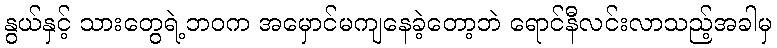
နွယ်နှင့် သားတွေရဲ့ဘဝက အမှောင်မကျနေခဲ့တော့ဘဲ ရောင်နီလင်းလာသည့်အခါမှ